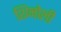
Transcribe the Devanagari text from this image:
शिनोली